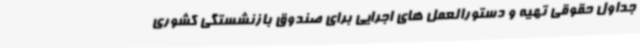
جداول حقوقی تهیه و دستورالعمل های اجرایی برای صندوق بازنشستگی کشوری